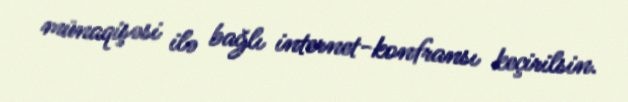
münaqişəsi ilə bağlı internet-konfransı keçirilsin.